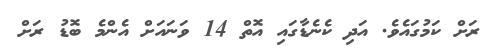
ރަށް ކަމުގައެވެ. އަދި ކެނެޑާގައި އޮތް 14 ވަނައަށް އެންމެ ބޮޑު ރަށް